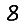
Digit: 8